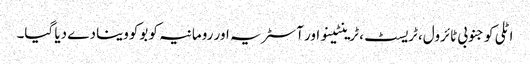
اٹلی کو جنوبی ٹائرول، ٹریسٹ، ٹرینٹینو اور آسٹریہ اور رومانیہ کو بوکووینا دے دیا گیا۔